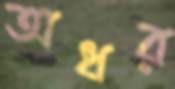
অধর